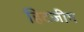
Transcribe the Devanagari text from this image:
हिटजीग